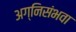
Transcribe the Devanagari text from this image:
अग्निसंभवा